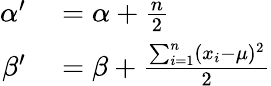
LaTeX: \begin{array}{rl}{\alpha^{\prime}}&{{}=\alpha+{\frac{n}{2}}}\\ {\beta^{\prime}}&{{}=\beta+{\frac{\sum_{i=1}^{n}(x_{i}-\mu)^{2}}{2}}}\end{array}